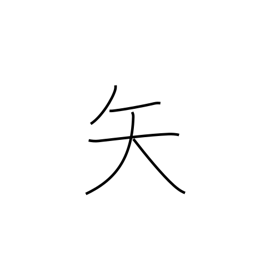
Meaning: dart